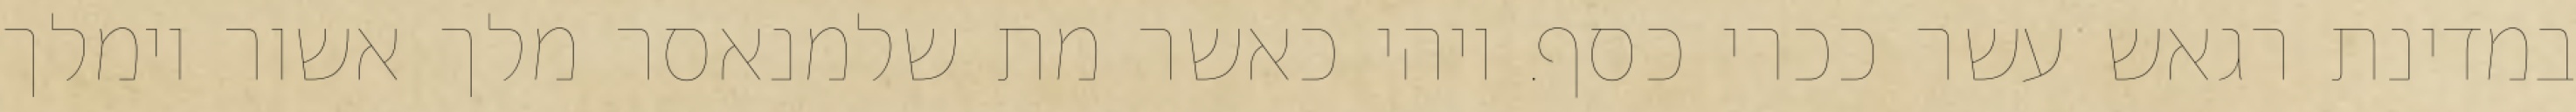
במדינת רגאש עשר ככרי כסף. ויהי כאשר מת שלמנאסר מלך אשור וימלך